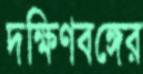
দক্ষিণবঙ্গের